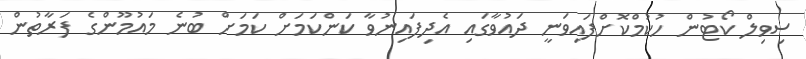
ސިވިލް ކޯޓުން ހުކުމްކޮށްފައިވަނީ ދައުވާގައި އެދިފައިނުވާ ކަންކަމަށް ކަމަށް ބުނެ މައުމޫންގެ ފަރާތުން